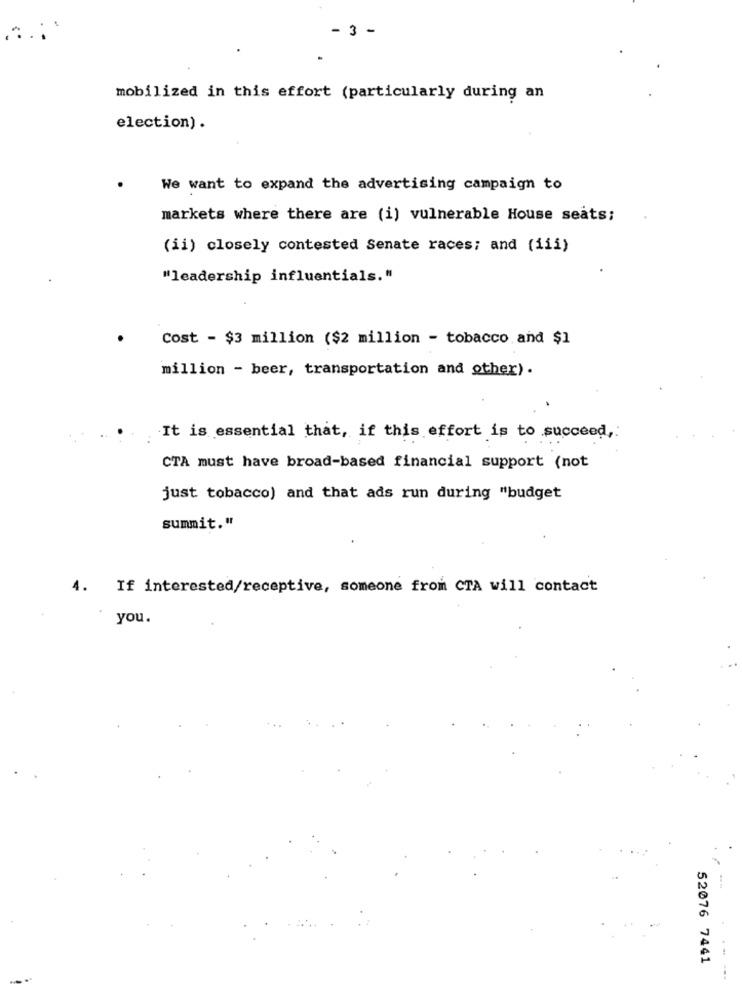
- 3 -
mobilized in this effort (particularly during an
election) .
We want to expand the advertising campaign to
markets where there are (i) vulnerable House seats;
.
(ii) closely contested Senate races; and (iii)
"leadership influentials."
Cost - $3 million ($2 million - tobacco and $1
million - beer, transportation and other) .
It is essential that, if this effort is to succeed,
CTA must have broad-based financial support (not
just tobacco) and that ads run during "budget
summit."
4. If interested/receptive, someone from CTA will contact
you.
52076 7441
-- ---